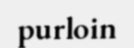
purloin